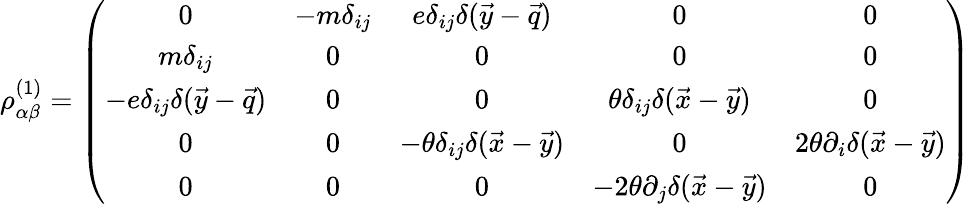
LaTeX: \rho_{\alpha\beta}^{(1)}=\left(\begin{array}{ccccc}{{0}}&{{-m\delta_{ij}}}&{{e\delta_{ij}\delta(\vec{y}-\vec{q})}}&{{0}}&{{0}}\\ {{m\delta_{ij}}}&{{0}}&{{0}}&{{0}}&{{0}}\\ {{-e\delta_{ij}\delta(\vec{y}-\vec{q})}}&{{0}}&{{0}}&{{\theta\delta_{ij}\delta(\vec{x}-\vec{y})}}&{{0}}\\ {{0}}&{{0}}&{{-\theta\delta_{ij}\delta(\vec{x}-\vec{y})}}&{{0}}&{{2\theta\partial_{i}\delta(\vec{x}-\vec{y})}}\\ {{0}}&{{0}}&{{0}}&{{-2\theta\partial_{j}\delta(\vec{x}-\vec{y})}}&{{0}}\end{array}\right)